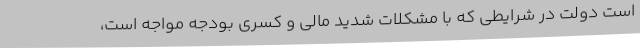
است دولت در شرایطی که با مشکلات شدید مالی و کسری بودجه مواجه است،